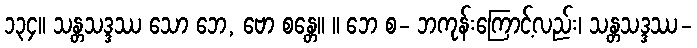
၁၃၄။ သန္တသဒ္ဒဿ သော ဘေ, ဗော စန္တေ။ ။ ဘေ စ- ဘကုန်းကြောင့်လည်း၊ သန္တသဒ္ဒဿ-